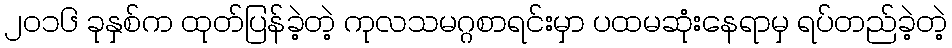
၂၀၁၆ ခုနှစ်က ထုတ်ပြန်ခဲ့တဲ့ ကုလသမဂ္ဂစာရင်းမှာ ပထမဆုံးနေရာမှ ရပ်တည်ခဲ့တဲ့